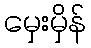
မှေးမှိန်